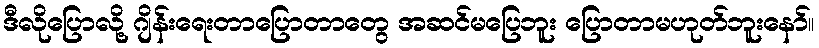
ဒီလိုပြောလို့ ဂျိန်းရေးတာပြောတာတွေ အဆင်မပြေဘူး ပြောတာမဟုတ်ဘူးနော်။